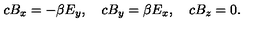
c B _ { x } = - \beta E _ { y } , \quad c B _ { y } = \beta E _ { x } , \quad c B _ { z } = 0 .